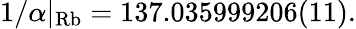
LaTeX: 1/\alpha|_{\mathrm{Rb}}=137.035999206(11).